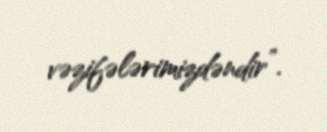
vəzifələrimizdəndir”.